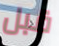
قبل